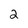
Character: 2